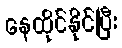
နေထိုင်နိုင်ပြီး